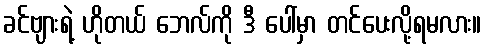
ခင်ဗျားရဲ့ ဟိုတယ် ဘေလ်ကို ဒီ ပေါ်မှာ တင်ပေးလို့ရမလား။